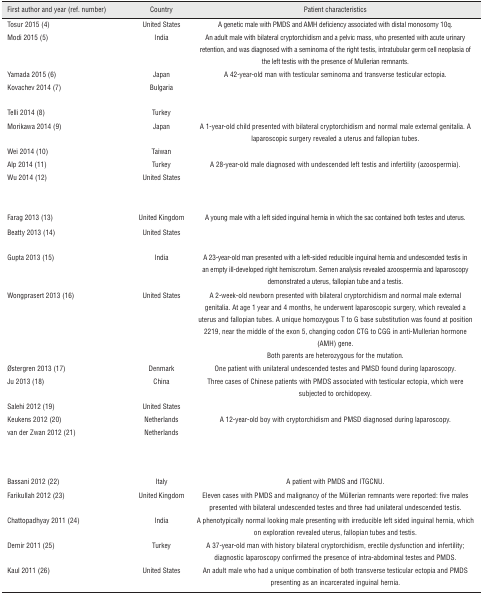
<table><thead><tr><td><b>First author and year (ref. number)</b></td><td><b>Country</b></td><td><b>Patient characteristics</b></td></tr></thead><tbody><tr><td>Tosur 2015 (4)</td><td>United States</td><td>A genetic male with PMDS and AMH deficiency associated with distal monosomy 10q.</td></tr><tr><td>Modi 2015 (5)</td><td>India</td><td>An adult male with bilateral cryptorchidism and a pelvic mass, who presented with acute urinary retention, and was diagnosed with a seminoma of the right testis, intratubular germ cell neoplasia of the left testis with the presence of Mullerian remnants.</td></tr><tr><td>Yamada 2015 (6)</td><td>Japan</td><td>A 42-year-old man with testicular seminoma and transverse testicular ectopia.</td></tr><tr><td>Kovachev 2014 (7)</td><td>Bulgaria</td><td>[EMPTY_CELL]</td></tr><tr><td>Telli 2014 (8)</td><td>Turkey</td><td>[EMPTY_CELL]</td></tr><tr><td>Morikawa 2014 (9)</td><td>Japan</td><td>A 1-year-old child presented with bilateral cryptorchidism and normal male external genitalia. A laparoscopic surgery revealed a uterus and fallopian tubes.</td></tr><tr><td>Wei 2014 (10)</td><td>Taiwan</td><td>[EMPTY_CELL]</td></tr><tr><td>Alp 2014 (11)</td><td>Turkey</td><td>A 28-year-old male diagnosed with undescended left testis and infertility (azoospermia).</td></tr><tr><td>Wu 2014 (12)</td><td>United States</td><td>[EMPTY_CELL]</td></tr><tr><td>Farag 2013 (13)</td><td>United Kingdom</td><td>A young male with a left sided inguinal hernia in which the sac contained both testes and uterus.</td></tr><tr><td>Beatty 2013 (14)</td><td>United States</td><td>[EMPTY_CELL]</td></tr><tr><td>Gupta 2013 (15)</td><td>India</td><td>A 23-year-old man presented with a left-sided reducible inguinal hernia and undescended testis in an empty ill-developed right hemiscrotum. Semen analysis revealed azoospermia and laparoscopy demonstrated a uterus, fallopian tube and a testis.</td></tr><tr><td>Wongprasert 2013 (16)</td><td>United States</td><td>A 2-week-old newborn presented with bilateral cryptorchidism and normal male external genitalia. At age 1 year and 4 months, he underwent laparoscopic surgery, which revealed a uterus and fallopian tubes. A unique homozygous T to G base substitution was found at position 2219, near the middle of the exon 5, changing codon CTG to CGG in anti-Mullerian hormone (AMH) gene.Both parents are heterozygous for the mutation.</td></tr><tr><td>Østergren 2013 (17)</td><td>Denmark</td><td>One patient with unilateral undescended testes and PMSD found during laparoscopy.</td></tr><tr><td>Ju 2013 (18)</td><td>China</td><td>Three cases of Chinese patients with PMDS associated with testicular ectopia, which were subjected to orchidopexy.</td></tr><tr><td>Salehi 2012 (19)</td><td>United States</td><td>[EMPTY_CELL]</td></tr><tr><td>Keukens 2012 (20)</td><td>Netherlands</td><td>A 12-year-old boy with cryptorchidism and PMSD diagnosed during laparoscopy.</td></tr><tr><td>van der Zwan 2012 (21)</td><td>Netherlands</td><td>[EMPTY_CELL]</td></tr><tr><td>Bassani 2012 (22)</td><td>Italy</td><td>A patient with PMDS and ITGCNU.</td></tr><tr><td>Farikullah 2012 (23)</td><td>United Kingdom</td><td>Eleven cases with PMDS and malignancy of the Müllerian remnants were reported: five males presented with bilateral undescended testes and three had unilateral undescended testis.</td></tr><tr><td>Chattopadhyay 2011 (24)</td><td>India</td><td>A phenotypically normal looking male presenting with irreducible left sided inguinal hernia, which on exploration revealed uterus, fallopian tubes and testis.</td></tr><tr><td>Demir 2011 (25)</td><td>Turkey</td><td>A 37-year-old man with history bilateral cryptorchidism, erectile dysfunction and infertility; diagnostic laparoscopy confirmed the presence of intra-abdominal testes and PMDS.</td></tr><tr><td>Kaul 2011 (26)</td><td>United States</td><td>An adult male who had a unique combination of both transverse testicular ectopia and PMDS presenting as an incarcerated inguinal hernia.</td></tr></tbody></table>